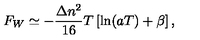
F _ { W } \simeq - \frac { \Delta n ^ { 2 } } { 1 6 } T \left[ \ln ( a T ) + \beta \right] { , }